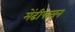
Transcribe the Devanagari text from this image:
मेंढीपासून